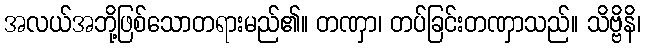
အလယ်အဘို့ဖြစ်သောတရားမည်၏။ တဏှာ၊ တပ်ခြင်းတဏှာသည်။ သိဗ္ဗိနိ၊